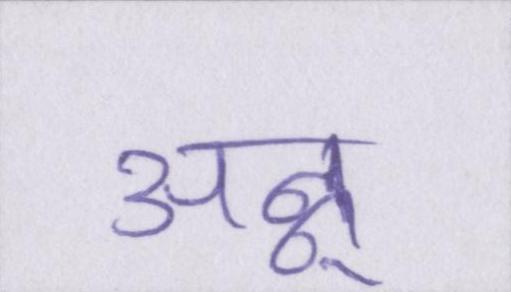
अन्नू